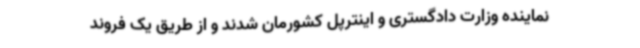
نماینده وزارت دادگستری و اینترپل کشورمان شدند و از طریق یک فروند